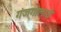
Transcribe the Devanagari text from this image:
गंजगोलाई